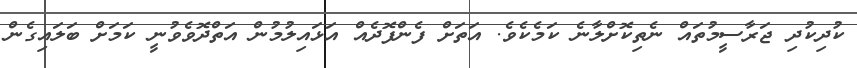
ކުދިކުދި ޖަރާސީމުތައް ނެތިކޮށްލާނެ ކަމެކެވެ. އަތަށް ފެންފޮދެއް އަޅައިލުމުން އަތްދޮވެވުނީ ކަމަށް ބަލައިގެން